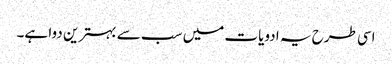
اسی طرح یہ ادویات میں سب سے بہترین دوا ہے۔